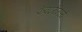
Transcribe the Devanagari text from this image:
फॅक्टरीमध्ये